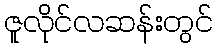
ဇူလိုင်လဆန်းတွင်